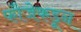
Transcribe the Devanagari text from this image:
फौजेकडून